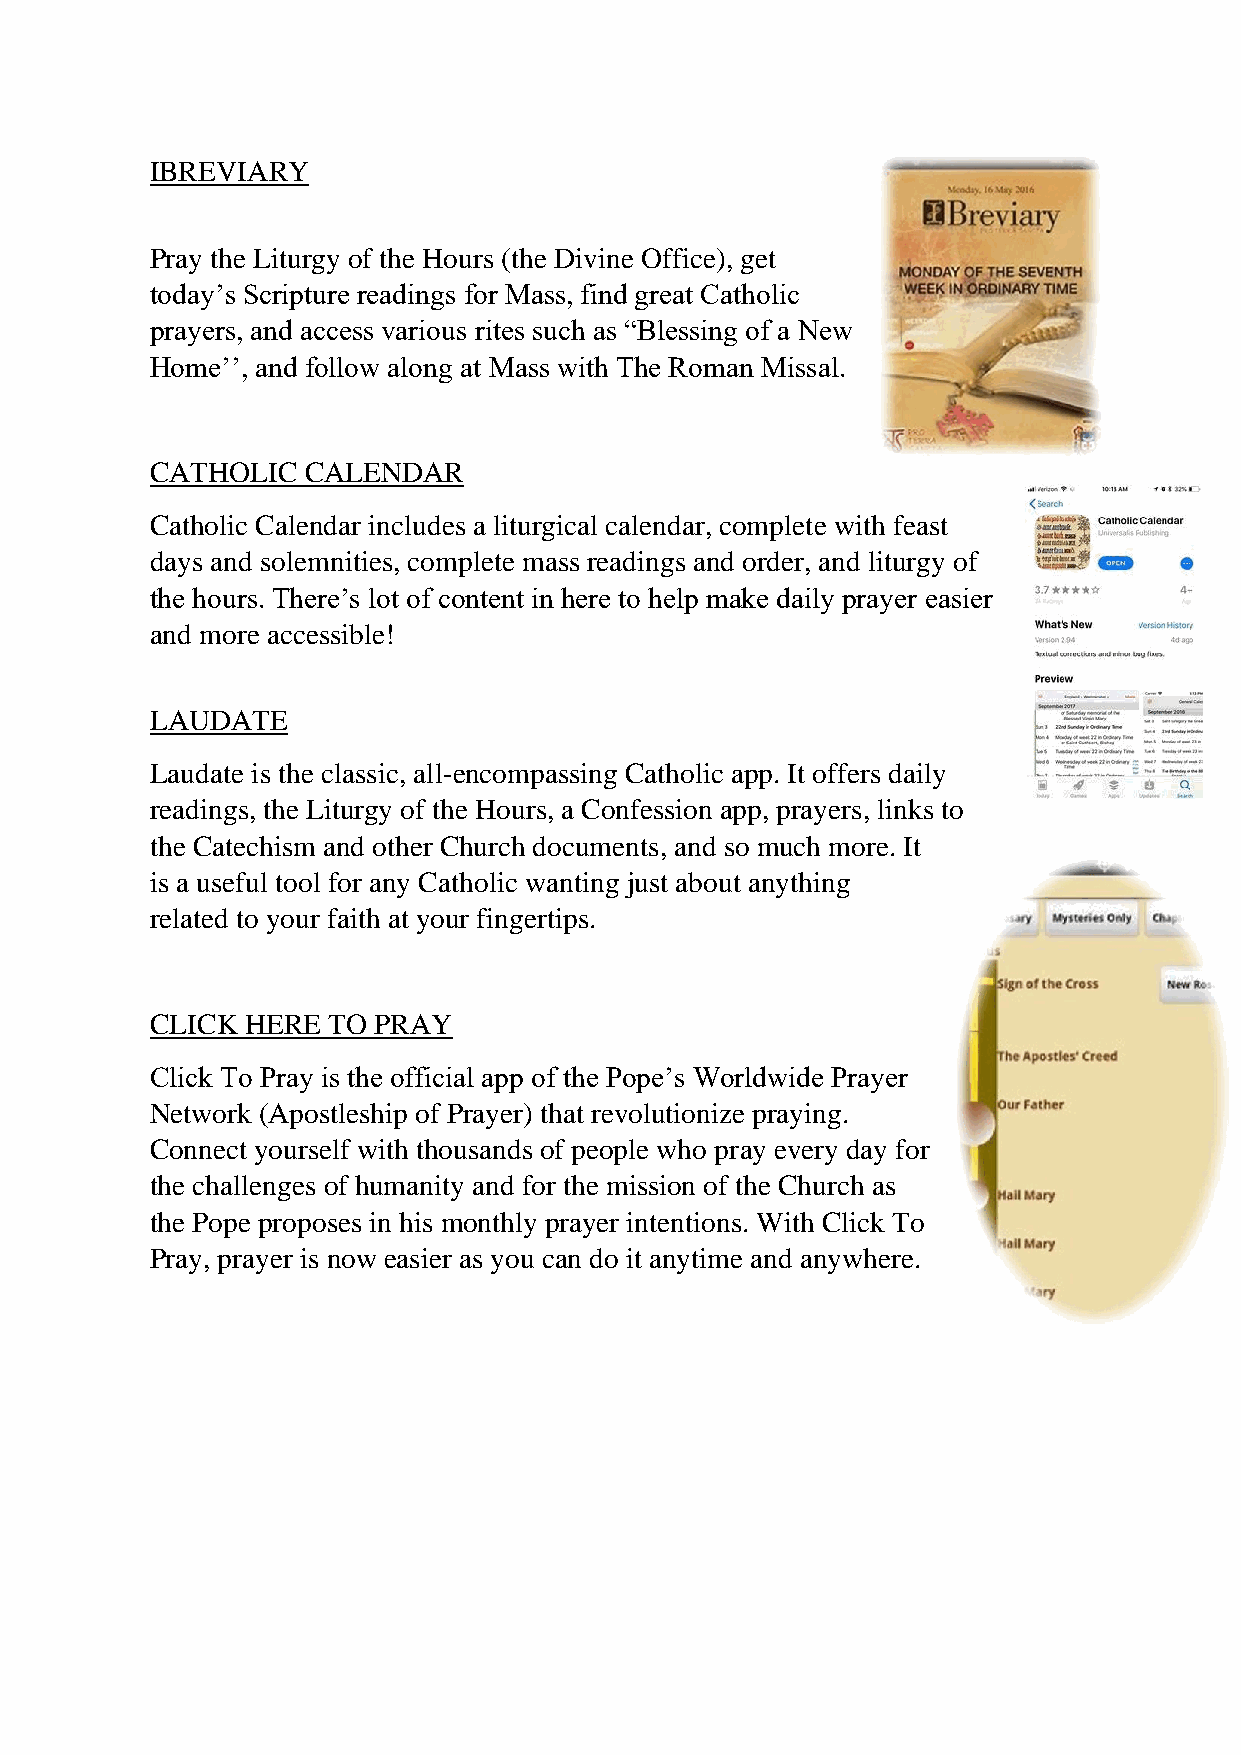
IBREVIARY
 Pray the Liturgy of the Hours (the Divine Office), get
 today’s Scripture readings for Mass, find great Catholic
 prayers, and access various rites such as “Blessing of a New
 Home’’, and follow along at Mass with The Roman Missal.
 CATHOLIC  CALENDAR
 Catholic Calendar includes a liturgical calendar, complete with feast
 days and solemnities, complete mass readings and order, and liturgy of
 the hours. There’s lot of content in here to help make daily prayer easier
 and more accessible!
 LAUDATE
 Laudate is the classic, all-encompassing Catholic app. It offers daily
 readings, the Liturgy of the Hours, a Confession app, prayers, links to
 the Catechism and other Church documents, and so much more. It
 is a useful tool for any Catholic wanting just about anything
 related to your faith at your fingertips.
 CLICK HERE  TO PRAY
 Click To Pray is the official app of the Pope’s Worldwide Prayer
 Network (Apostleship of Prayer) that revolutionize praying.
 Connect yourself with thousands of people who pray every day for
 the challenges of humanity and for the mission of the Church as
 the Pope proposes in his monthly prayer intentions. With Click To
 Pray, prayer is now easier as you can do it anytime and anywhere.